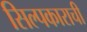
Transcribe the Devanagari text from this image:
सिल्पकाराची